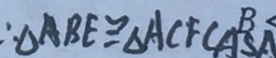
\therefore \Delta A B E \cong \Delta A C F ( A S A